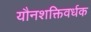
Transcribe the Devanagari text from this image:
यौनशक्तिवर्धक